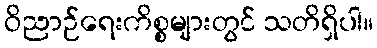
ဝိညာဉ်ရေးကိစ္စများတွင် သတိရှိပါ။